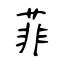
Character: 菲